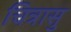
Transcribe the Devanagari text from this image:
चित्रासु